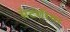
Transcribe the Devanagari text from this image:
सेटरेरिया